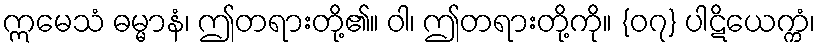
ဣမေသံ ဓမ္မာနံ၊ ဤတရားတို့၏။ ဝါ၊ ဤတရားတို့ကို။ {၀၇} ပါဋိယေက္ကံ၊